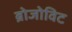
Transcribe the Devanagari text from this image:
ब्रोजोविट